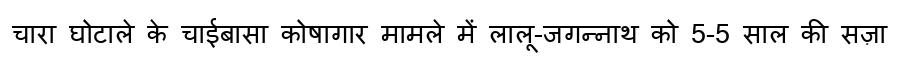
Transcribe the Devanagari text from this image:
चारा घोटाले के चाईबासा कोषागार मामले में लालू-जगन्नाथ को 5-5 साल की सज़ा